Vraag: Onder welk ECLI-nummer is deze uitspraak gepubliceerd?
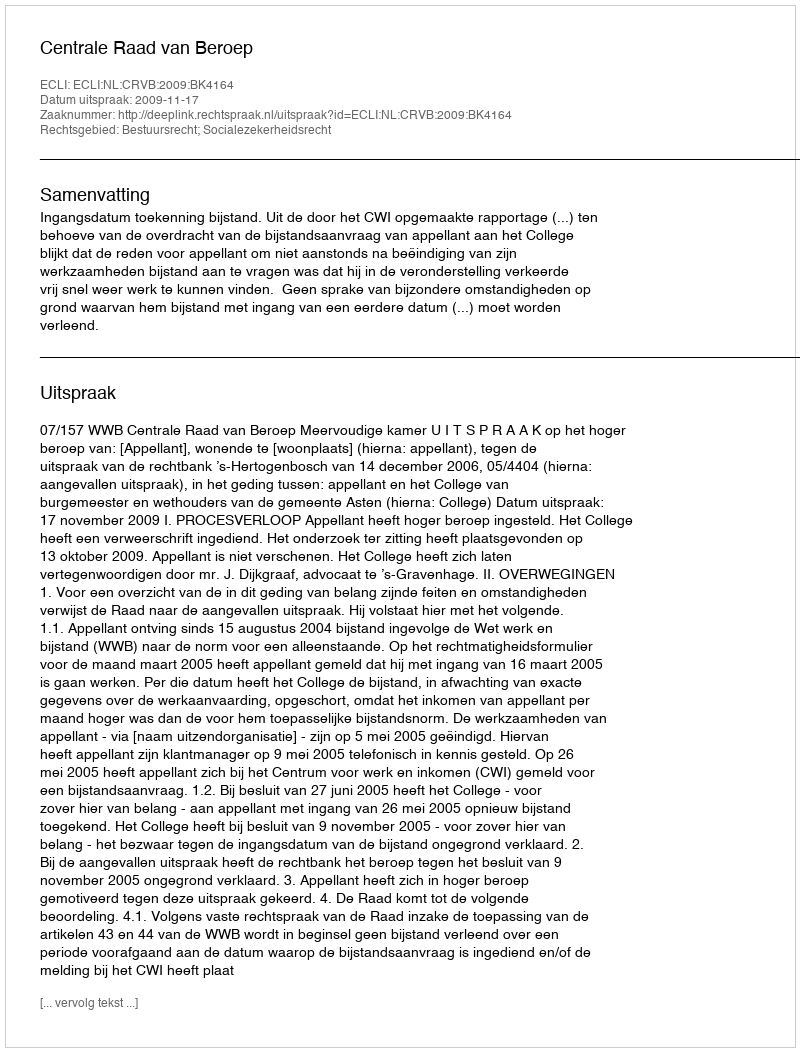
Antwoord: ECLI:NL:CRVB:2009:BK4164